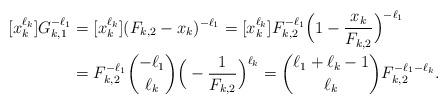
LaTeX: \begin{align*}[x_k^{\ell_k}] G_{k,1}^{-\ell_1} &= [x_k^{\ell_k}] (F_{k,2} - x_k)^{-\ell_1} = [x_k^{\ell_k}] F_{k,2}^{-\ell_1} \Big( 1 - \frac{x_k}{F_{k,2}} \Big)^{-\ell_1} \\&= F_{k,2}^{-\ell_1} \binom{-\ell_1}{\ell_k} \Big( - \frac{1}{F_{k,2}}\Big)^{\ell_k} = \binom{\ell_1+\ell_k-1}{\ell_k} F_{k,2}^{-\ell_1-\ell_k}.\end{align*}